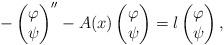
LaTeX: \begin{align*}-\left(\begin{matrix} \varphi \\ \psi\end{matrix}\right)''-A(x)\left(\begin{matrix} \varphi \\ \psi \end{matrix}\right) = \l\left(\begin{matrix} \varphi \\ \psi \end{matrix}\right),\end{align*}